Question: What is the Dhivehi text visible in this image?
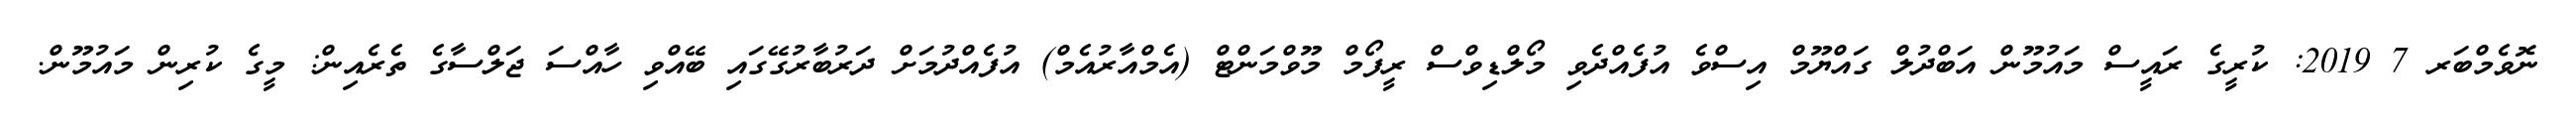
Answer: ނޮވެމްބަރ 7 2019: ކުރީގެ ރައީސް މައުމޫން އަބްދުލް ގައްޔޫމް އިސްވެ އުފެއްދެވި މޯލްޑިވްސް ރީފޯމް މޫވްމަންޓް (އެމްއާރުއެމް) އުފެއްދުމަށް ދަރުބާރުގޭގައި ބޭއްވި ހާއްސަ ޖަލްސާގެ ތެރެއިން: މީގެ ކުރިން މައުމޫން.